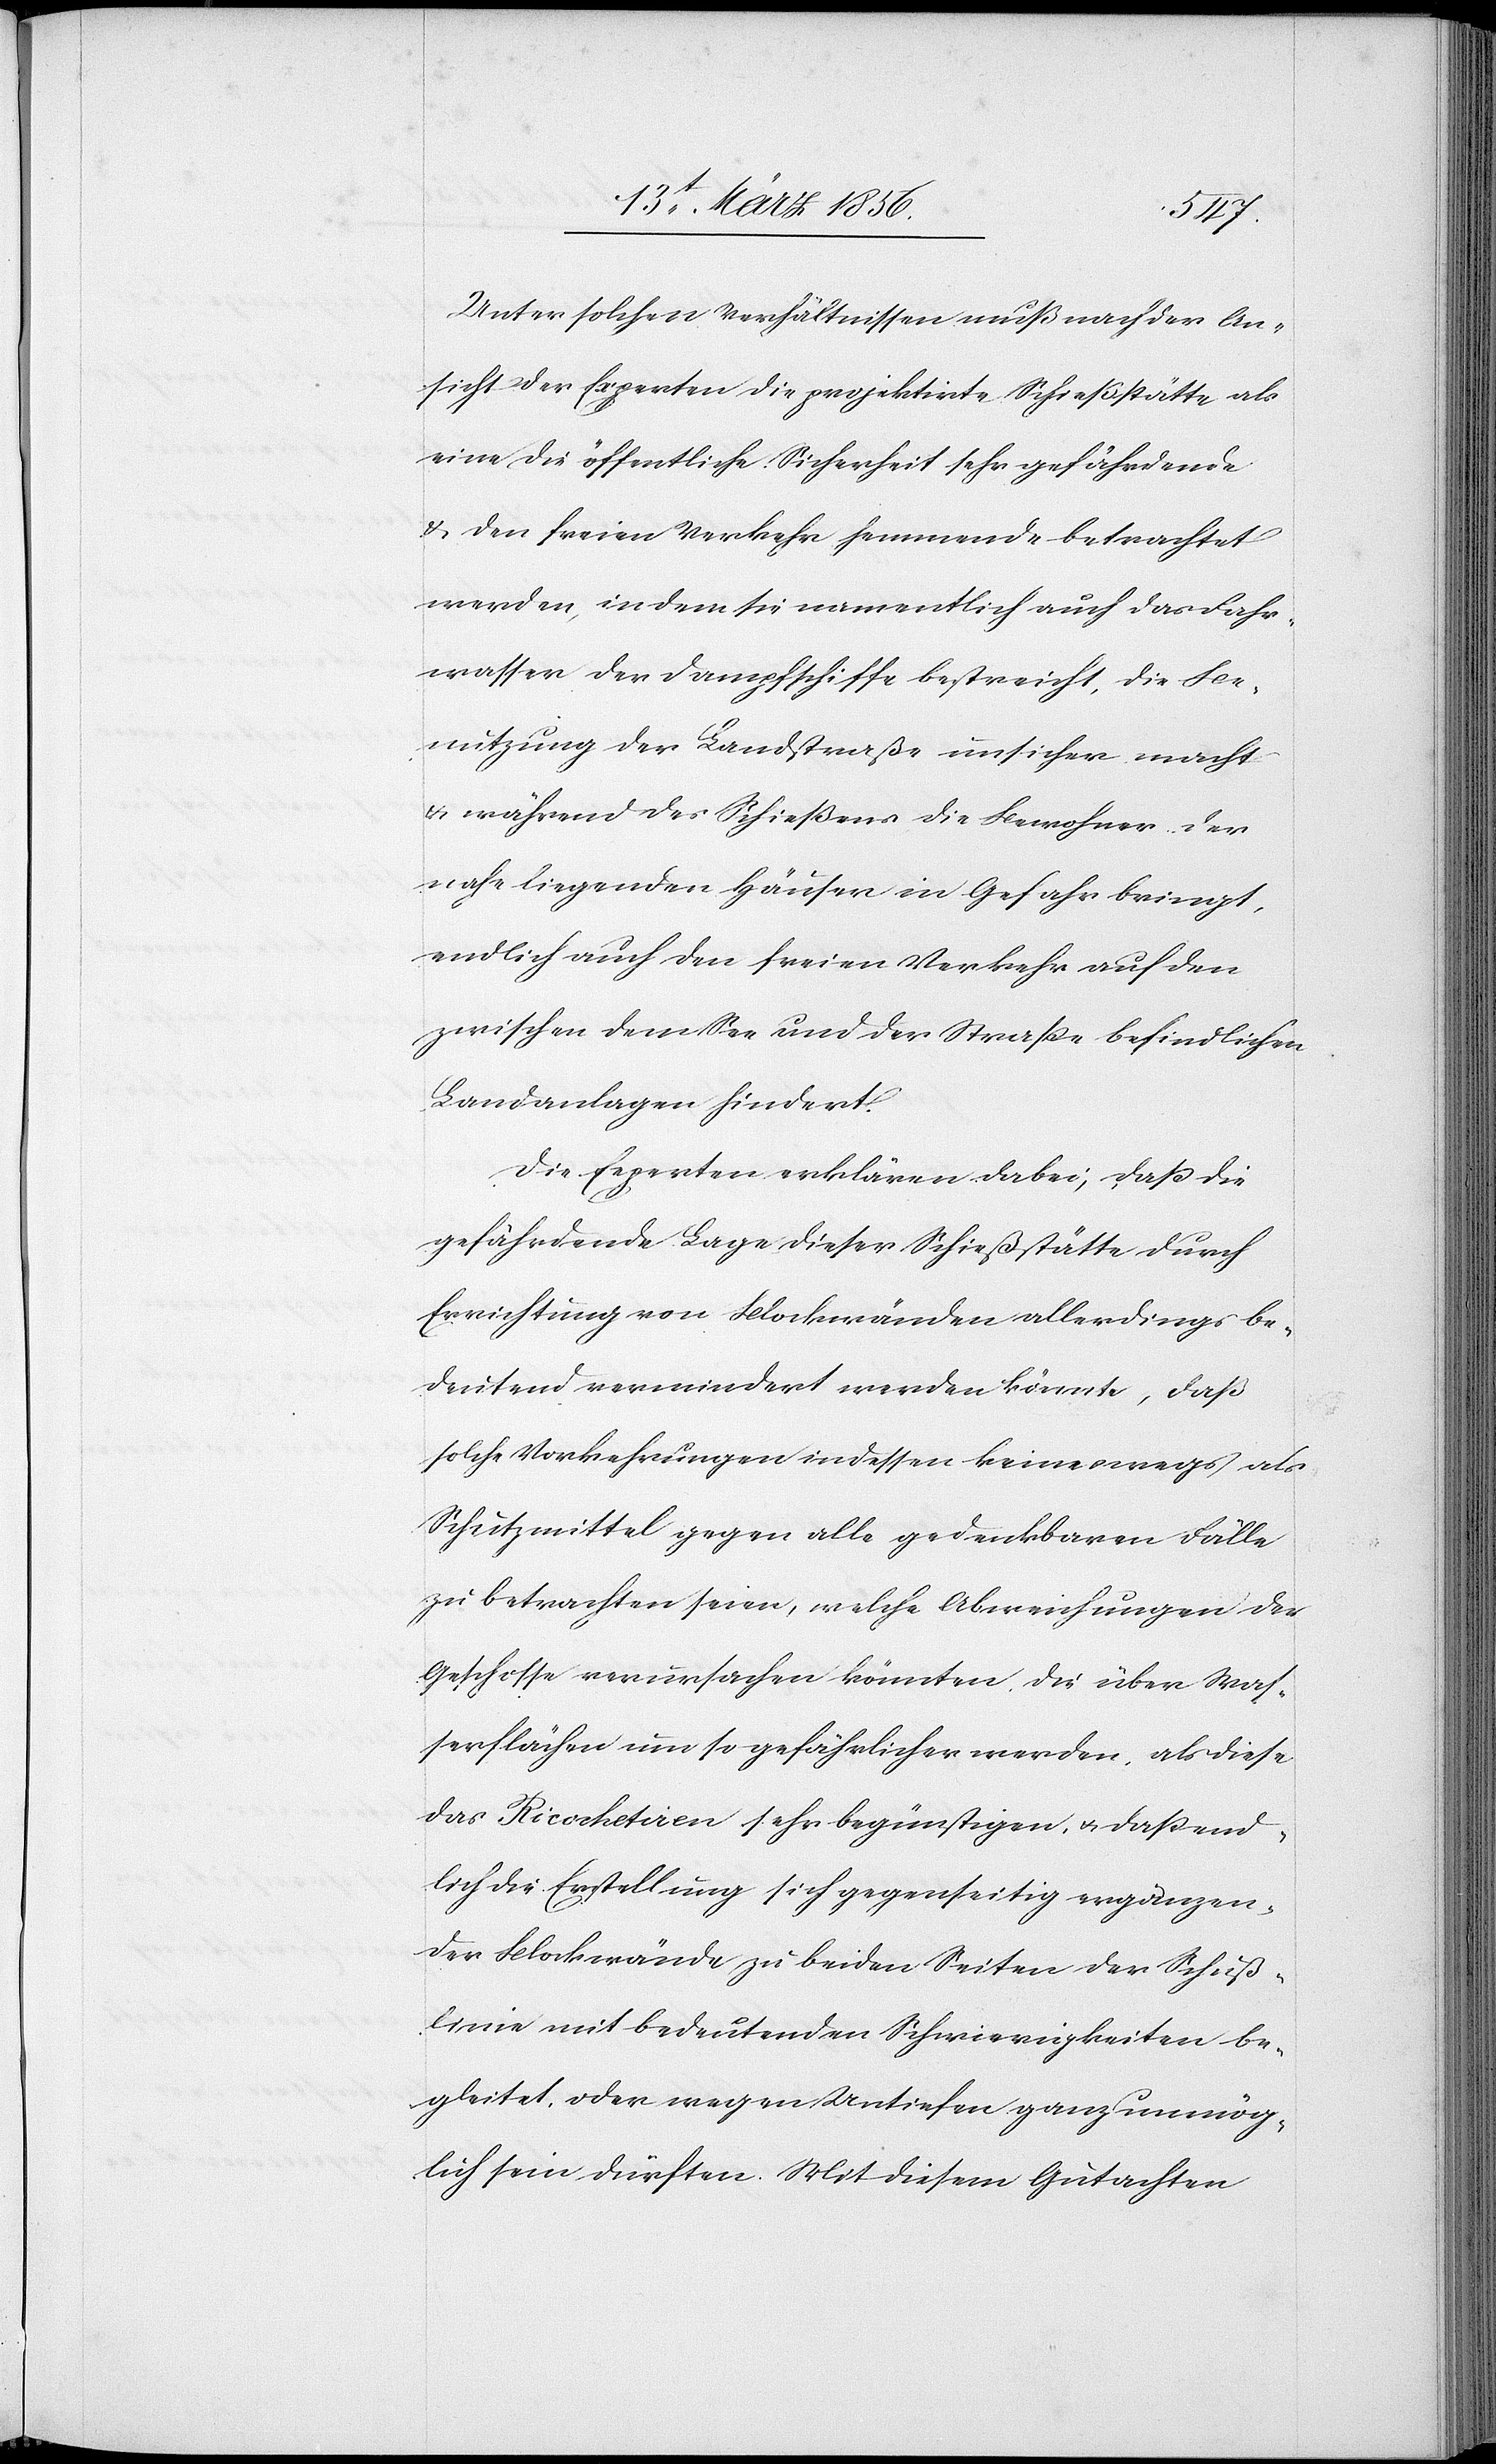
Unter solchen Verhältnissen muß nach der An¬
sicht der Experten die projektirte Schießstätte als
eine die öffentliche Sicherheit sehr gefährdende
& den freien Verkehr hemmende betrachtet
werden, in dem sie namentlich auch das Fahr¬
wasser der Dampfschiffe bestreicht, die Be¬
nutzung der Landstraße unsicher macht
& während des Schießens die Bewohner der
nahe liegenden Häuser in Gefahr bringt,
endlich auch den freien Verkehr auf den
zwischen dem See und der Straße befindlichen
Landanlagen hindert.
Die Experten erklären dabei, das die
gefährdende Lage dieser Schießstätte durch
Errichtung von Blockwänden allerdings be¬
deutend vermindert werden könnte, daß
solche Vorkehrungen indessen keineswegs als
Schutzmittel gegen alle gedenkbaren Fälle
zu betrachten seien, welche Abweichungen der
Geschosse verursachen könnten, die über Was¬
serflächen um so gefährlicher werden, als diese
das Ricochetiren sehr begünstigen, & daß end¬
lich die Erstellung sich gegenseitig ergänzen¬
der Blockwände zu beiden Seiten der Schuß¬
linie mit bedeutenden Schwierigkeiten be¬
gleitet, oder wegen Untiefen ganz unmög¬
lich sein dürften. Mit diesem Gutachten